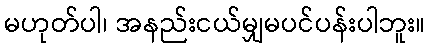
မဟုတ်ပါ၊ အနည်းငယ်မျှမပင်ပန်းပါဘူး။